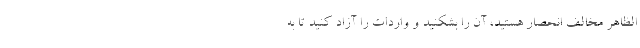
الظاهر مخالف انحصار هستید، آن را بشکنید و واردات را آزاد کنید تا به